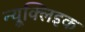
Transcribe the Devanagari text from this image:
न्यूक्‍लिइक